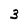
Character: 3